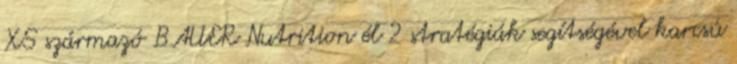
XS származó BAUER Nutrition él 2 stratégiák segítségével karcsú